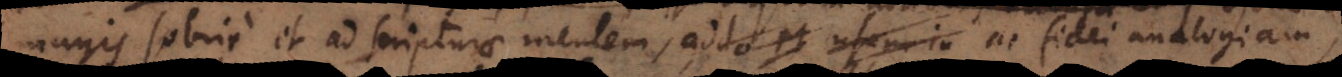
magis sobrie et ad scripturae mentem, addo et usum in ac fidei analogiam